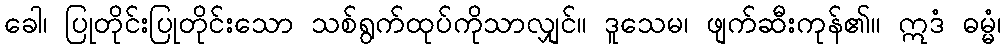
ခေါ၊ ပြုတိုင်းပြုတိုင်းသော သစ်ရွက်ထုပ်ကိုသာလျှင်။ ဒူသေမ၊ ဖျက်ဆီးကုန်၏။ ဣဒံ ဓမ္မံ၊